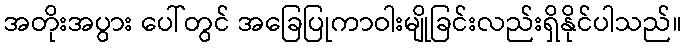
အတိုးအပွား ပေါ်တွင် အခြေပြုကာဝါးမျိုခြင်းလည်းရှိနိုင်ပါသည်။